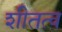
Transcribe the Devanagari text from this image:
शीतत्व